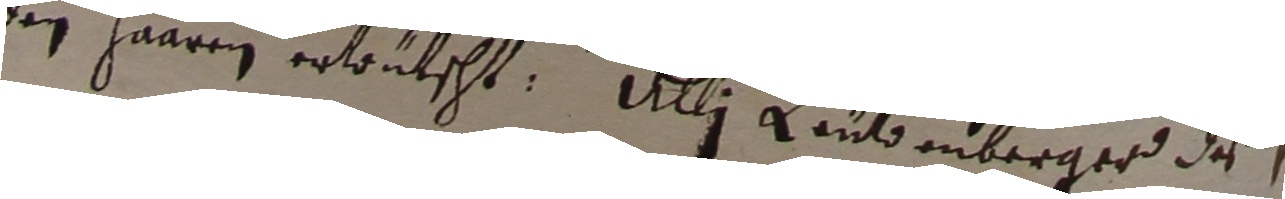
den haaren erwütscht. Ulli Leütenberger deß